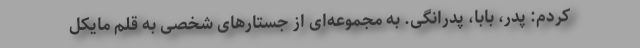
‌کردم: پدر، بابا، پدرانگی. به مجموعه‌ای از جستارهای شخصی به قلم مایکل